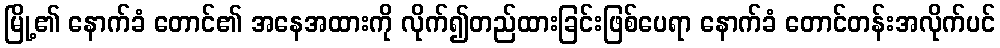
မြို့၏ နောက်ခံ တောင်၏ အနေအထားကို လိုက်၍တည်ထားခြင်းဖြစ်ပေရာ နောက်ခံ တောင်တန်းအလိုက်ပင်